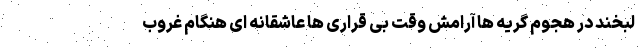
لبخند در هجوم گریه ها آرامش وقت بی قراری ها عاشقانه ای هنگام غروب